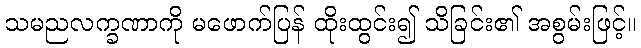
သမညလက္ခဏာကို မဖောက်ပြန် ထိုးထွင်း၍ သိခြင်း၏ အစွမ်းဖြင့်။